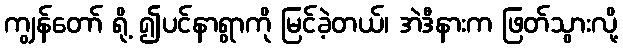
ကျွန်တော် ရို့ ၍ပင်နာရွာကို မြင်ခဲ့တယ်၊ အဲဒီနားက ဖြတ်သွားလို့